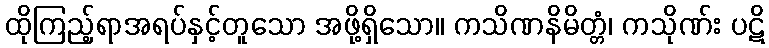
ထိုကြည့်ရာအရပ်နှင့်တူသော အဖို့ရှိသော။ ကသိဏနိမိတ္တံ၊ ကသိုဏ်း ပဋိ